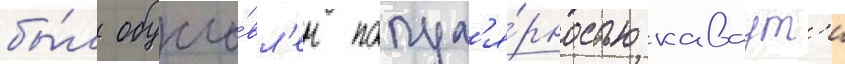
бы́л обусло́вл'ен попул'я́рностью каваут'и